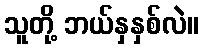
သူတို့ ဘယ်နှနှစ်လဲ။